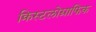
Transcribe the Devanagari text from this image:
क्रिस्टलोग्राफिक